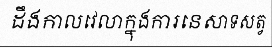
ដឹងកាលវេលាក្នុងការនេសាទសត្វ